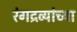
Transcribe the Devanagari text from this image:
रंगद्रव्यांच्या